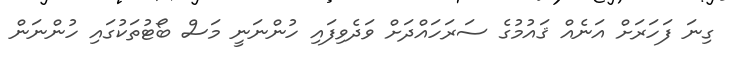
ގިނަ ފަހަރަށް އަނެއް ޤައުމުގެ ސަރަހައްދަށް ވަދެވިފައި ހުންނަނީ މަސް ބޯޓުތަކުގައި ހުންނަން